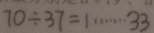
7 0 \div 3 7 = 1 \cdots 3 3